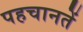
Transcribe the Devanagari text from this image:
पहचानतें